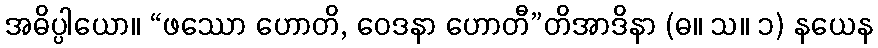
အဓိပ္ပါယော။ “ဖဿော ဟောတိ, ဝေဒနာ ဟောတီ”တိအာဒိနာ (ဓ။ သ။ ၁) နယေန